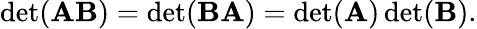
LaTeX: \operatorname*{det}(\mathbf{AB})=\operatorname*{det}(\mathbf{BA})=\operatorname*{det}(\mathbf{A})\operatorname*{det}(\mathbf{B}).